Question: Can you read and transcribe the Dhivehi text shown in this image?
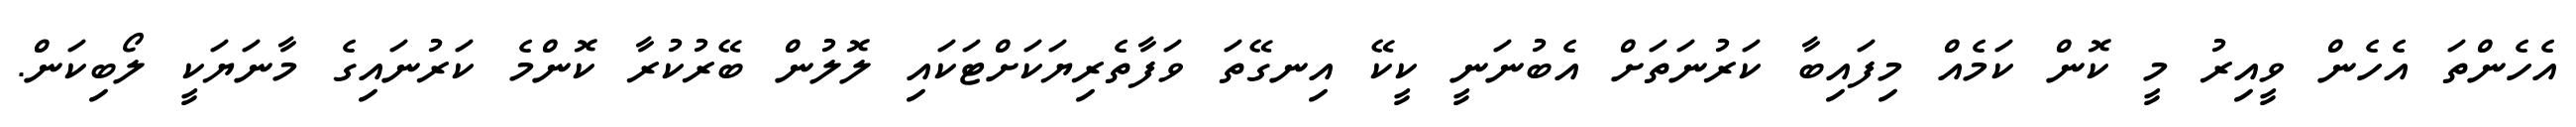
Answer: އެހެންތަ އެހެން ވީއިރު މީ ކޮން ކަމެއް މިފައިބާ ކަރުނަތަށް އެބުނަނީ ކީކޭ އިނގޭތަ ވަފާތެރިޔަކަށްޓަކައި ލޮލުން ބޭރުކުރާ ކޮންމެ ކަރުނައިގެ މާނަޔަކީ ލޯބިކަން.